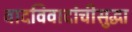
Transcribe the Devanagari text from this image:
वादविवादांचीसुद्धा